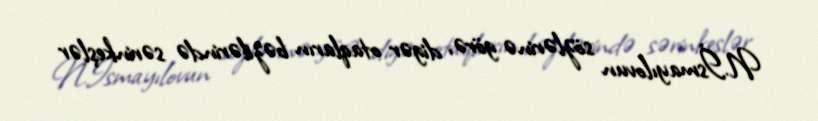
N.İsmayılovun sözlərinə görə, digər otaqların bəzilərində sərinkeşlər